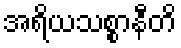
အရိယသစ္စာနီတိ